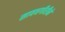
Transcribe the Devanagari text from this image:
सावधगीरीने